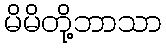
မိမိတို့ဘာသာ